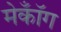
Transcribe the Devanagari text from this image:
मेकॉँग